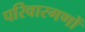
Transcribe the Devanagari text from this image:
परिवारगणों